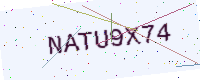
Text: NATU9X74